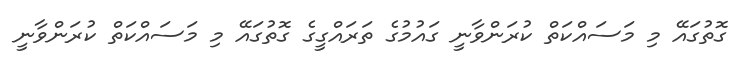
ގޮތުގައޭ މި މަސައްކަތް ކުރަންވާނީ ގައުމުގެ ތަރައްގީގެ ގޮތުގައޭ މި މަސައްކަތް ކުރަންވާނީ